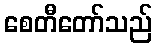
စေတီတော်သည်